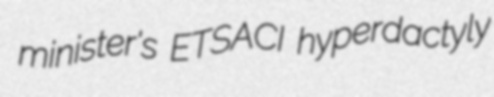
minister's ETSACI hyperdactyly